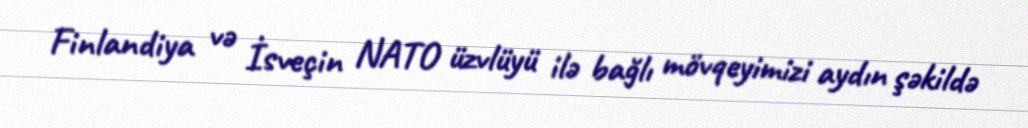
Finlandiya və İsveçin NATO üzvlüyü ilə bağlı mövqeyimizi aydın şəkildə